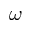
\omega